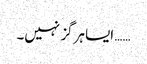
…… ایسا ہرگز نہیں۔